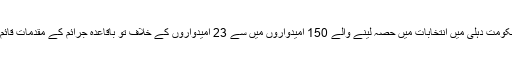
دارالحکومت دہلی میں انتخابات میں حصہ لینے والے 150 امیدواروں میں سے 23 امیدواروں کے خلاف تو باقاعدہ جرائم کے مقدمات قائم تھے۔